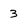
Character: 3